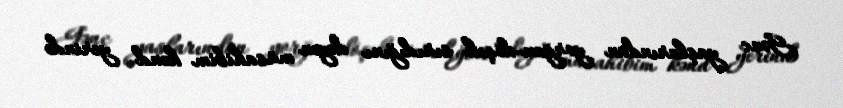
Gənc yaşlarından yorğan-döşək sırıdığını deyən müsahibim kənd yerində